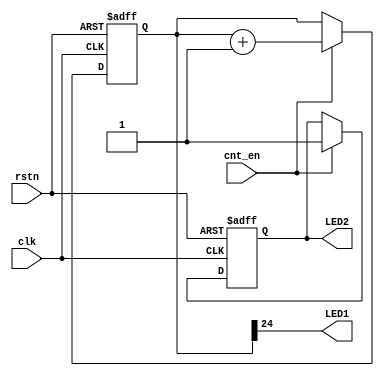
/*
 Licensed under the Apache License, Version 2.0 (the "License");         
 you may not use this file except in compliance with the License.        
 You may obtain a copy of the License at                                 
                                                                         
     http://www.apache.org/licenses/LICENSE-2.0                          
                                                                         
  Unless required by applicable law or agreed to in writing, software    
 distributed under the License is distributed on an "AS IS" BASIS,       
 WITHOUT WARRANTIES OR CONDITIONS OF ANY KIND, either express or implied.
 See the License for the specific language governing permissions and     
 limitations under the License.      
*/

//==============================================================||
// Description: 						||
//	      		debug count			       	|| 
// History:   							||
//                      2017/9/26 				||
//                      First version				||
//===============================================================


module debug_cnt (
input wire clk,
input wire rstn,
input wire cnt_en,
output LED1,
output LED2
);
parameter CNT_WIDTH = 25;
reg [CNT_WIDTH-1:0] cnt;
reg event_detect;

always @ (posedge clk or negedge rstn)
begin
	if(!rstn)
	begin
		cnt <= 0;
		event_detect <= 1'b0;
	end
	else
	begin 
		if(cnt_en)
		begin
			cnt <= cnt + 1;
			event_detect <= 1'b1;
		end
	end
end


assign LED1   = cnt[CNT_WIDTH-1];
assign LED2   = event_detect;

endmodule